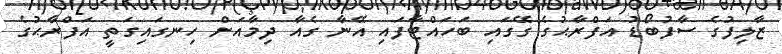
ޒާލިފުގެ ސާފުބޯޑު އަފްރާޙުގެ ގޭގައި ބަހައްޓާފައި އޭނާ ގެއާ ދިމާއަށް ހިނގައިގަތީ އަފްރާޙުގެ